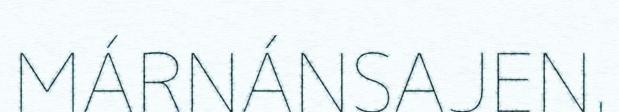
MÁRNÁNSAJEN.